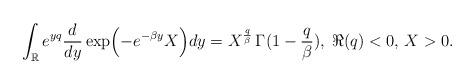
LaTeX: \begin{align*}\int_\mathbb{R} e^{yq} \frac{d}{dy}\exp\Bigl(-e^{-\beta y}X\Bigr) dy = X^{\frac{q}{\beta}} \,\Gamma(1-\frac{q}{\beta}),\;\Re(q)<0, \,X>0.\end{align*}